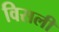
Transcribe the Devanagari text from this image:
विसली